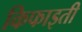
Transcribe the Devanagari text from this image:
किफाइती